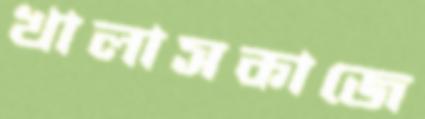
খালাসকাজে